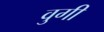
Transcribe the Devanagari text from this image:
वुगी